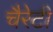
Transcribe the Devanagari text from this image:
चैरेटी